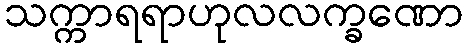
သက္ကာရရာဟုလလက္ခဏော